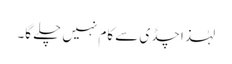
لہٰذا چڈی سے کام نہیں چلے گا۔